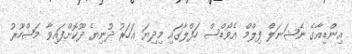
އިންޑިއާގެ ނެޝަނަލް ފިލްމް އެވޯޑްސް ހަފްލާގައި މިދިޔަ އަހަރު ދުނިޔެ ދޫކޮށްފައިވާ މަޝްހޫރު